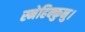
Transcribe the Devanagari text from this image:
स्नेहिक्कुनु।